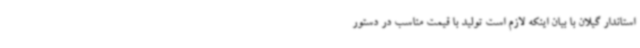
استاندار گیلان با بیان اینکه لازم است تولید با قیمت مناسب در دستور